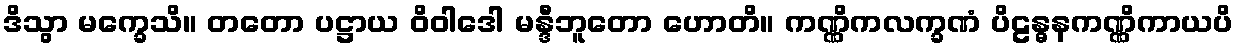
ဒိသွာ မက္ခေသိ။ တတော ပဋ္ဌာယ ဝိဝါဒေါ မန္ဒီဘူတော ဟောတိ။ ကဏ္ဏိကလက္ခဏံ ပိဠန္ဓနကဏ္ဏိကာယပိ